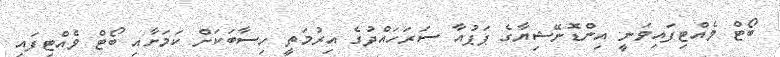
ބޯޓް ވެއްޓިފައިވަނީ އިންޑޮނޭޝިޔާގެ ޕަޕުއާ ސަރަހައްދުގެ އިރުމަތީ ހިސާބަކަށް ކަމަށާއި ބޯޓް ވެއްޓިފައި